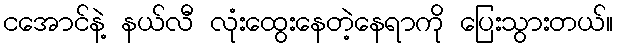
ငအောင်နဲ့ နယ်လီ လုံးထွေးနေတဲ့နေရာကို ပြေးသွားတယ်။